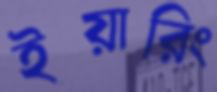
ইয়ারিং